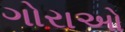
ગોરાઓ